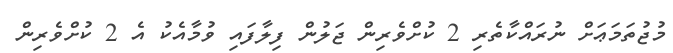
މުޖުތަމަޢަށް ނުރައްކާތެރި 2 ކުށްވެރިން ޖަލުން ފިލާފައި ވުމާއެކު އެ 2 ކުށްވެރިން